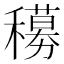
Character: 𬔁